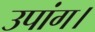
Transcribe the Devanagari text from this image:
उपांग।